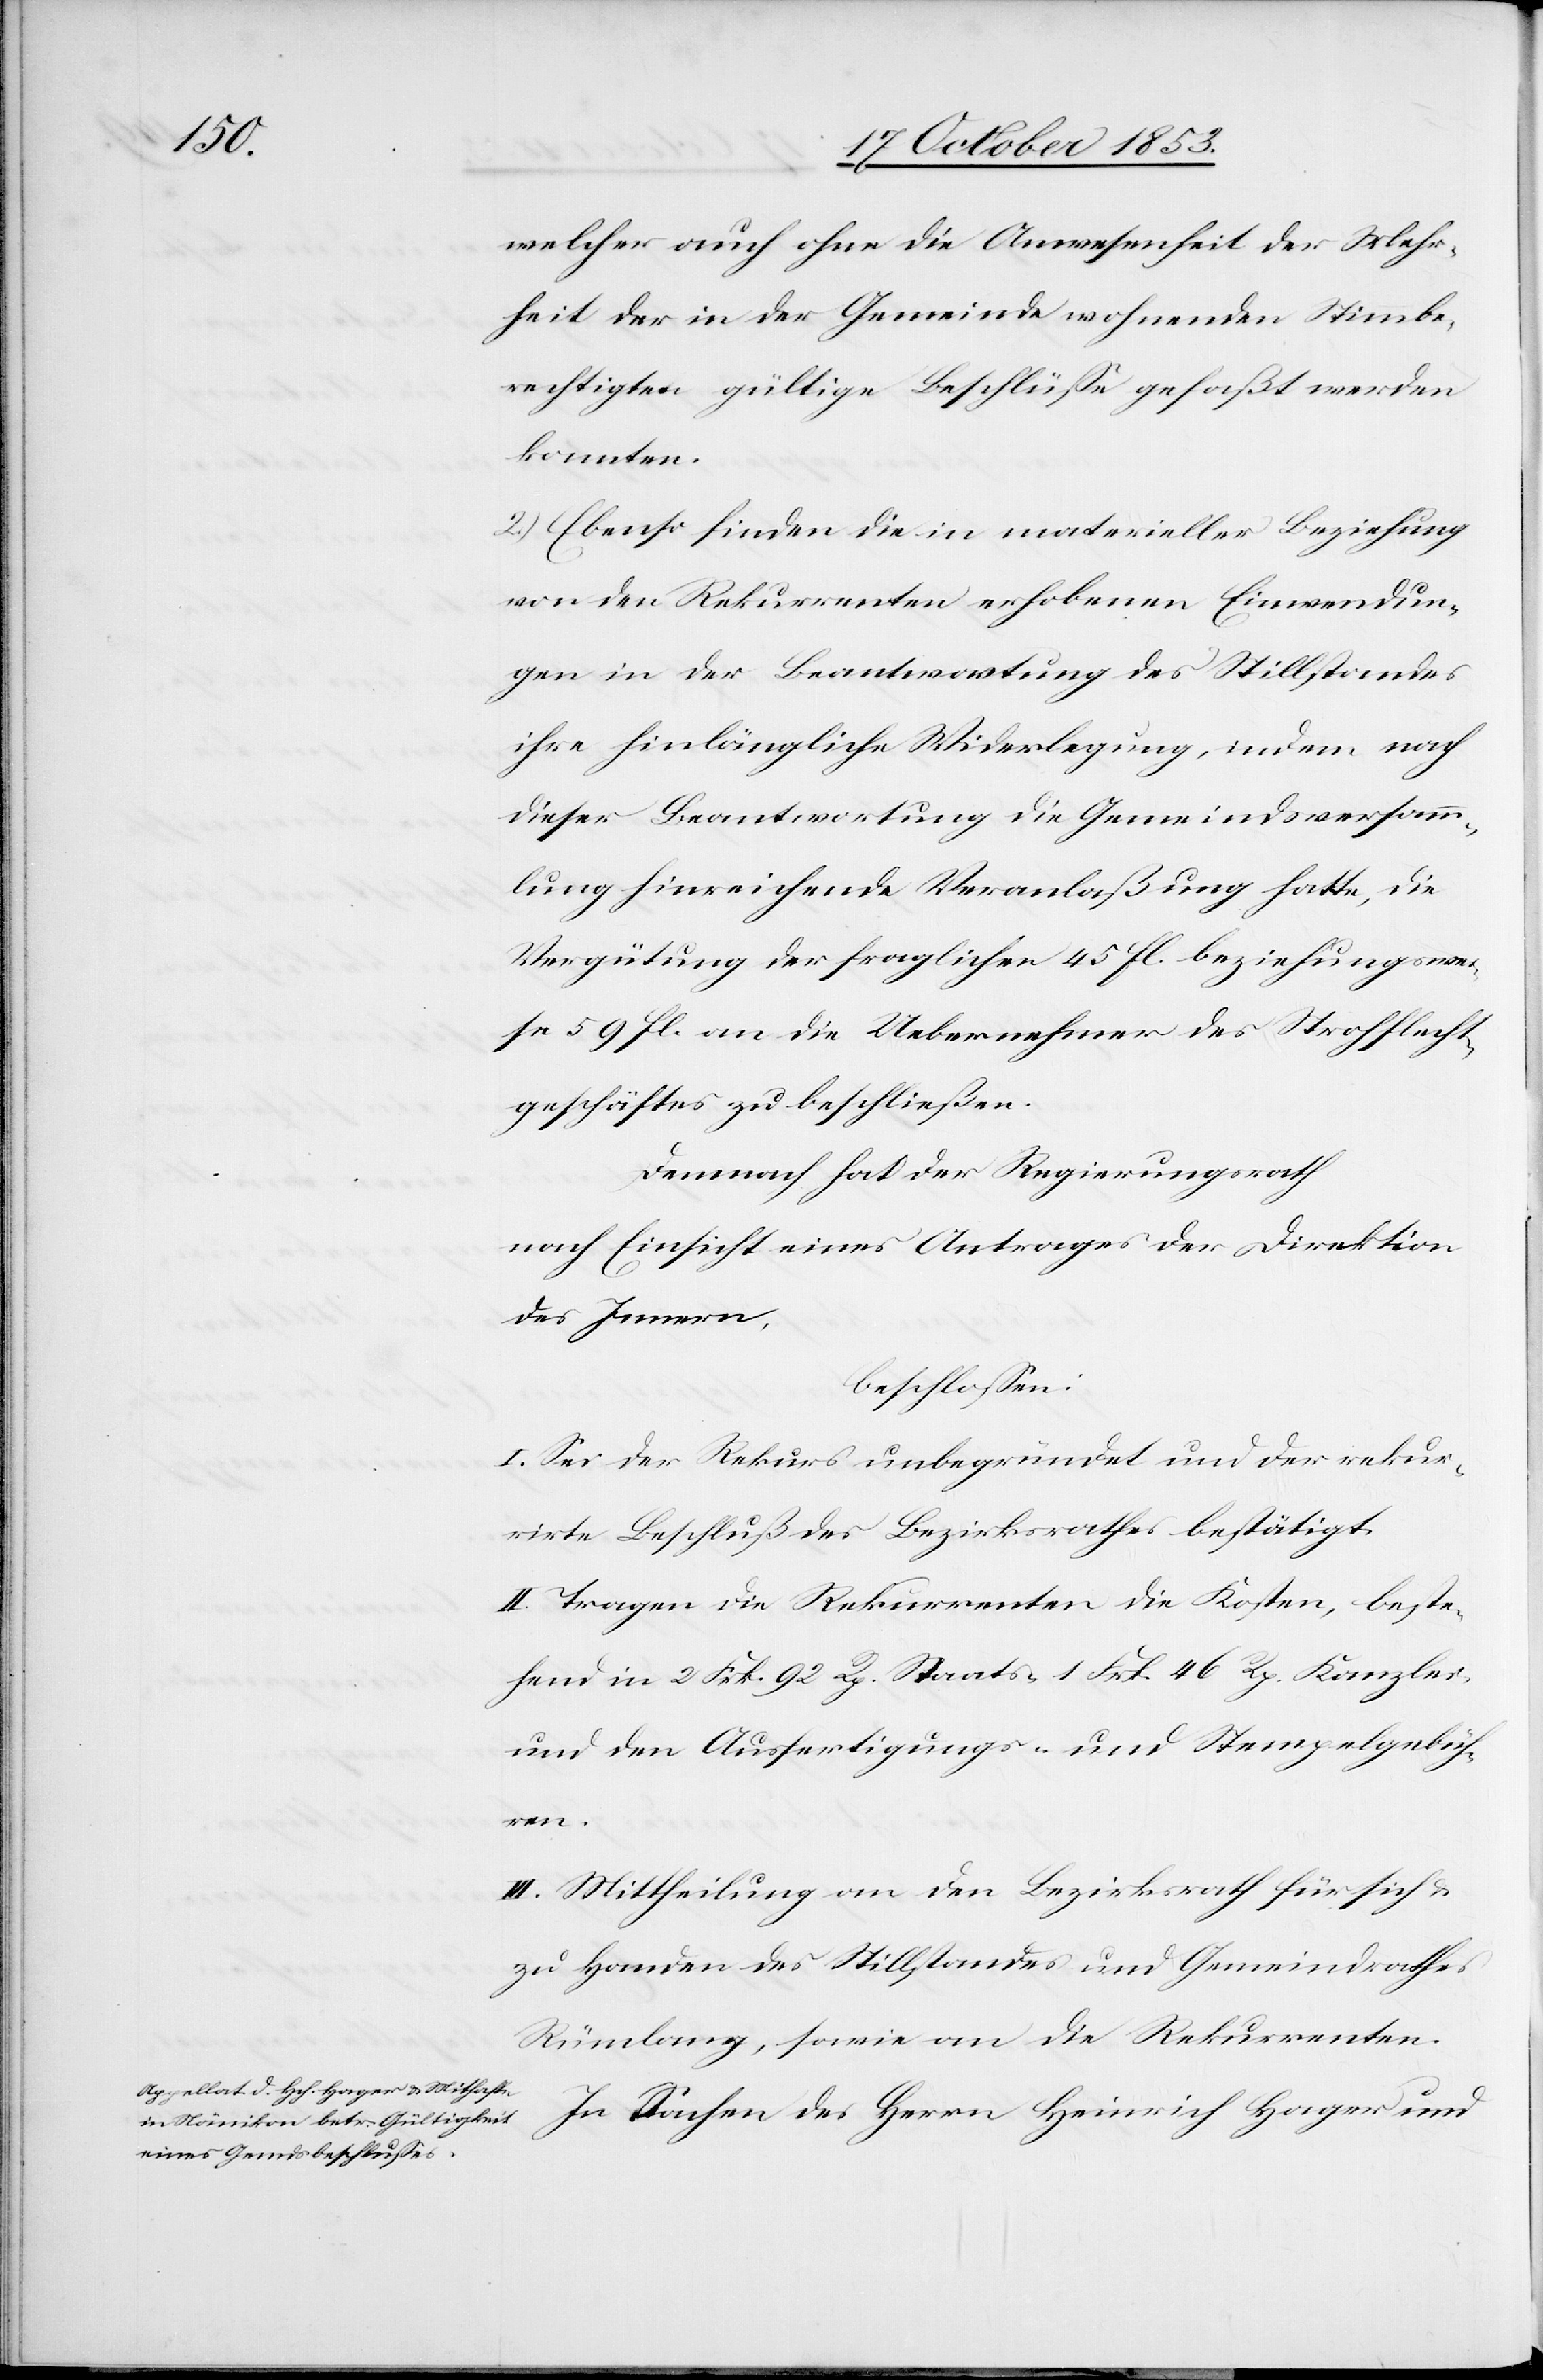
welcher auch ohne die Anwesenheit der Mehr¬
heit der in der Gemeinde wohnenden Stimmbe¬
rechtigten gültige Beschlüße gefaßt werden
konnten.
2.) Ebenso finden die in materieller Beziehung
von den Rekurrenten erhobenen Einwendun¬
gen in der Beantwortung des Stillstandes
ihre hinlängliche Widerlegung, indem nach
dieser Beantwortung die Gemeindsversamm¬
lung hinreichende Veranlaßung hatte, die
Vergütung der fraglichen 45 fl. Beziehungswei¬
se 59 fl. an die Uebernehmer des Strohflecht¬
geschäftes zu beschließen.
Demnach hat der Regierungsrath
nach Einsicht eines Antrages der Direktion
des Innern,
beschloßen:
I. Sei der Rekurs unbegründet und der rekur¬
rirte Beschluß des Bezirksrathes bestätigt.
II. Tragen die Rekurrenten die Kosten, beste¬
hend in 2 Frk. 92 Rp. Staats- 1 Frk. 46 Rp. Kanzlei-
und den Ausfertigungs- u. Stempelgebüh¬
ren.
III. Mittheilung an den Bezirksrath für sich u.
zu Handen des Stillstandes und Gemeindrathes
Rümlang, sowie an die Rekurrenten.
In Sachen des Herrn Heinrich Hager und